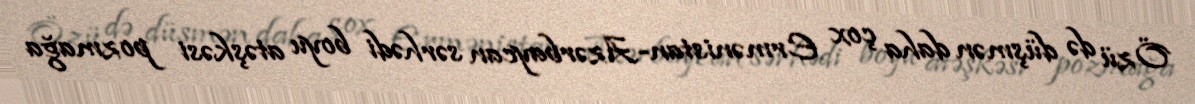
Özü də düşmən daha çox Ermənistan-Azərbaycan sərhədi boyu atəşkəsi pozmağa